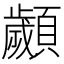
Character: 顪